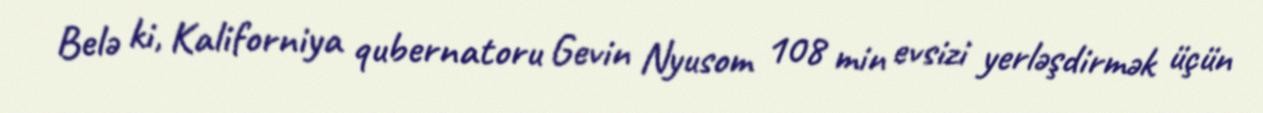
Belə ki, Kaliforniya qubernatoru Gevin Nyusom 108 min evsizi yerləşdirmək üçün